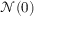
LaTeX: { \mathcal { N } } ( 0 )